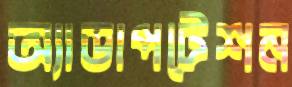
অ্যাডাপটেশন